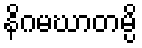
နိဂမဃာတမ္ပိ